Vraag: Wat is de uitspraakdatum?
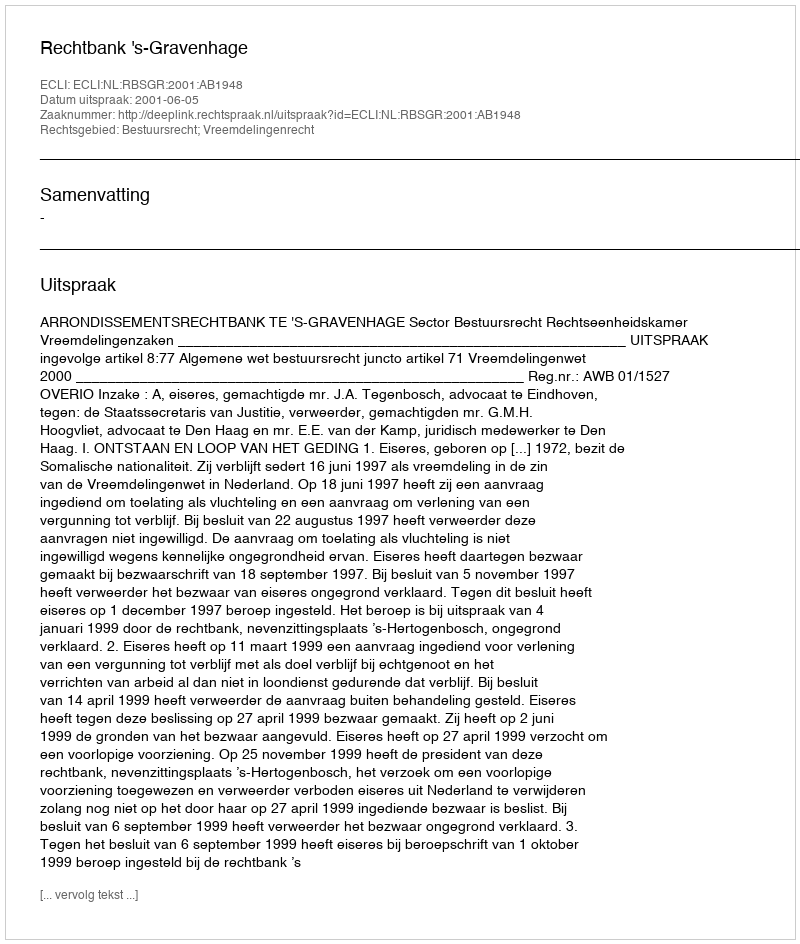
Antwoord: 2001-06-05